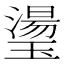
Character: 璗